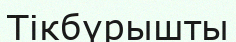
Тікбүрышты